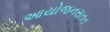
આયોજનસતત